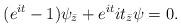
LaTeX: \begin{align*}(e^{it}-1)\psi_{\bar z}+e^{it}it_{\bar z}\psi=0.\end{align*}